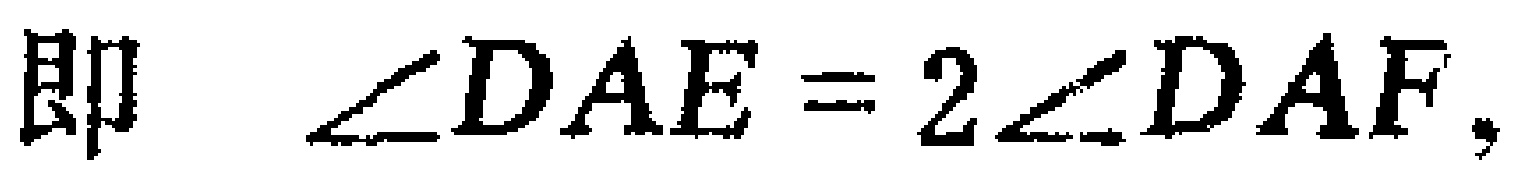
即 $\angle DAE = 2\angle DAF,$